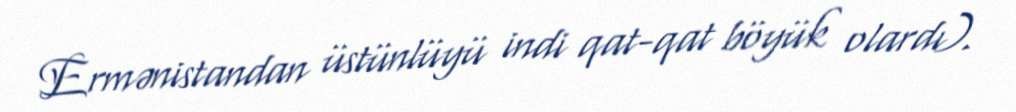
Ermənistandan üstünlüyü indi qat-qat böyük olardı).